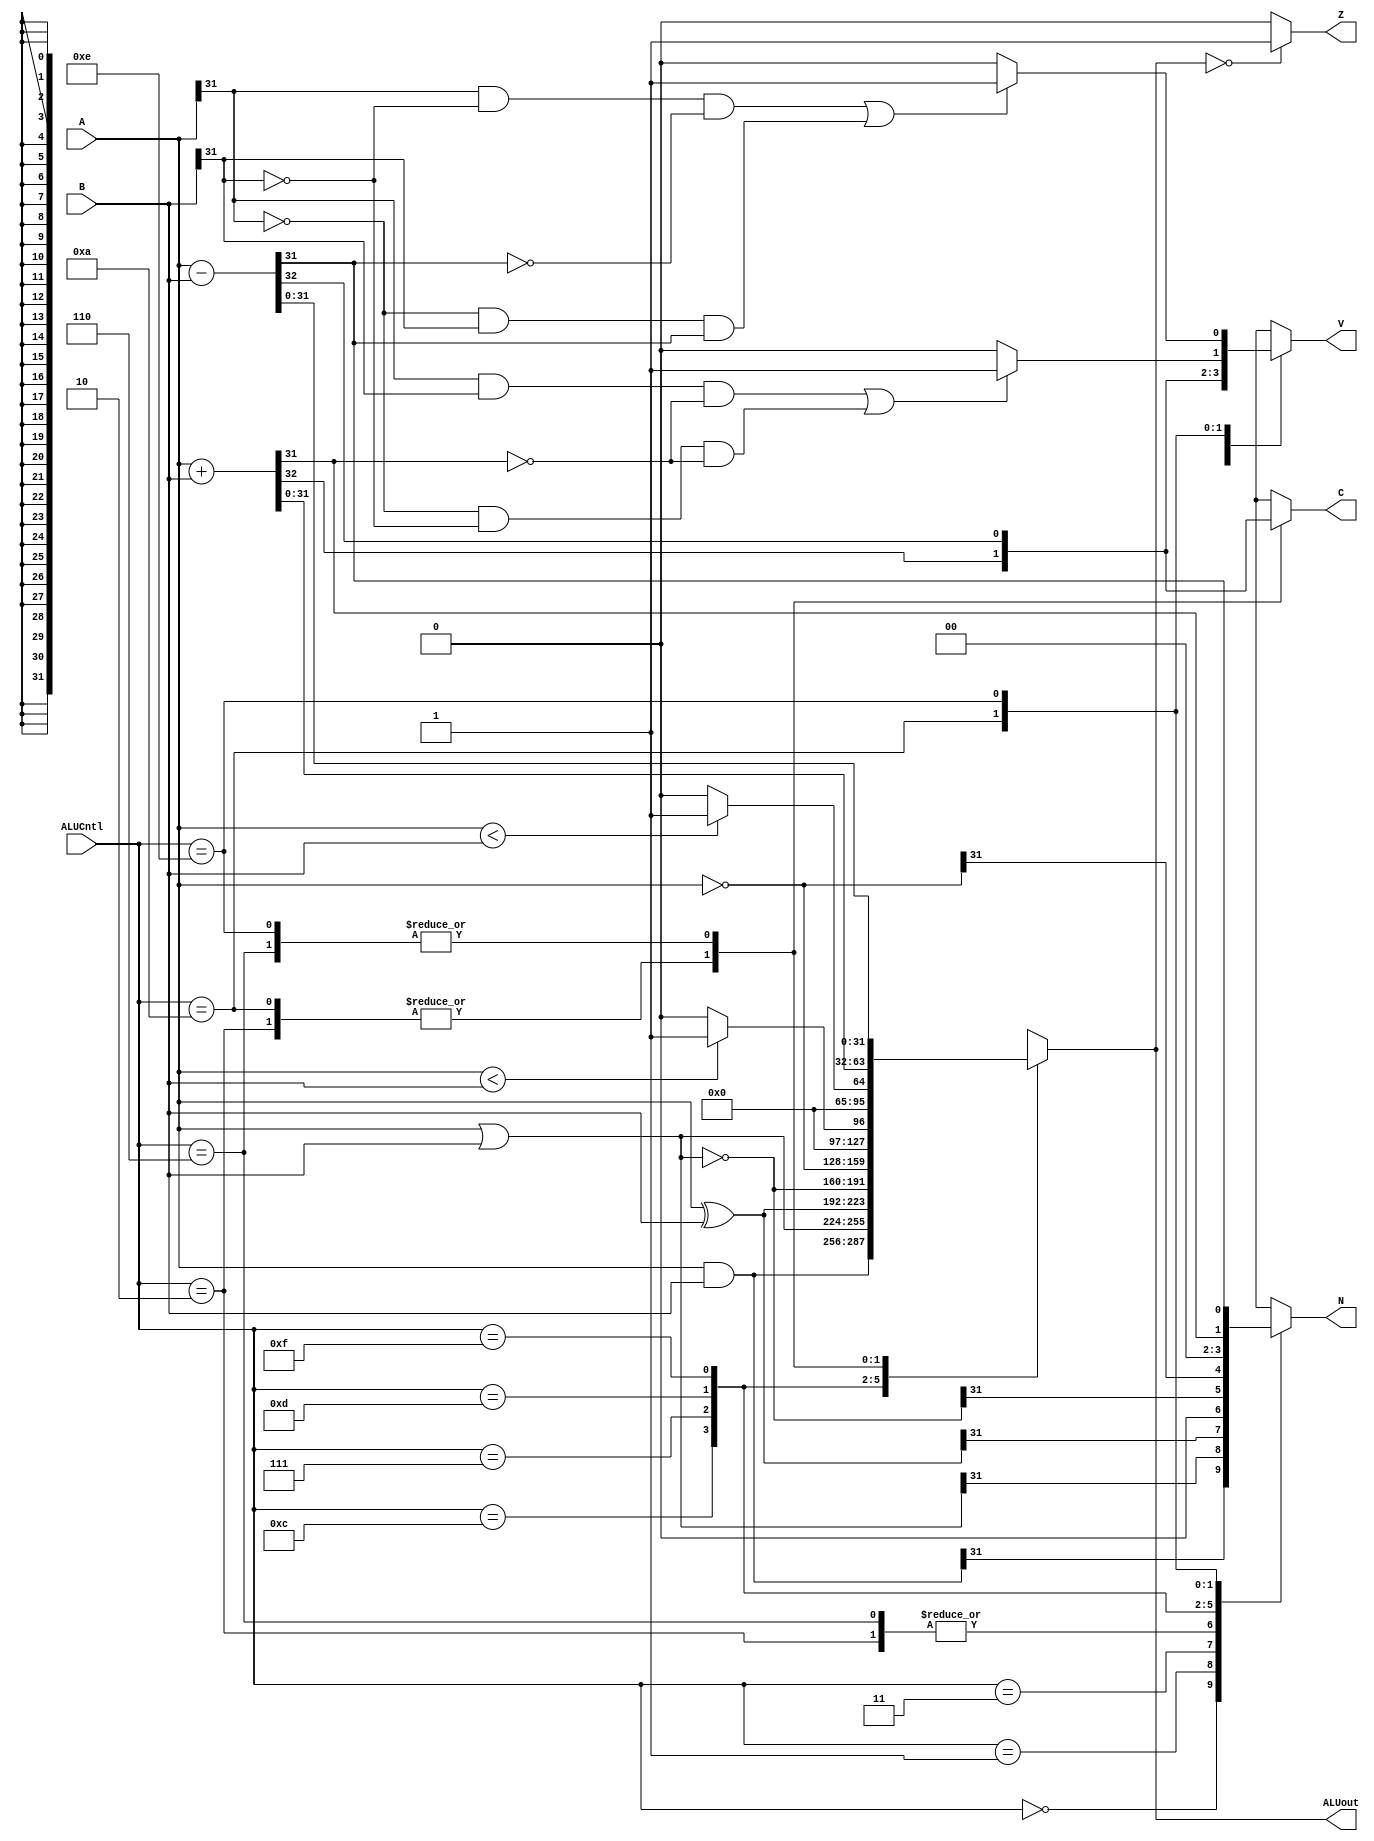
`timescale 1ns / 1ps
//////////////////////////////////////////////////////////////////////////////////
// Company: 
// Engineer: 
// 
// Design Name: 
// Module Name: ALU
// Project Name: 
// Target Devices: 
// Tool Versions: 
// Description: 
// 
// Dependencies: 
// 
// Revision:
// Revision 0.01 - File Created
// Additional Comments:
// 
//////////////////////////////////////////////////////////////////////////////////


module ALU(
    input [31:0] A,
    input [31:0] B,
    input [3:0] ALUCntl,
    output reg [31:0] ALUout, //ALUOut
    output reg N,             //Negative
    output Z,                 //zero
    output reg C,             //Carryout
    output reg V              //Overflow
    );
    
    assign Z = (ALUout == 0) ? 1'b1 : 1'b0;
    reg signed [31:0] A_s, B_s;
    always@(*) begin
        A_s = A;
        B_s = B;
        case(ALUCntl)
            4'b0000: begin                 //AND
                        ALUout = A & B;
                        C = 1'bx;
                        V = 1'bx;
                        N = ALUout[31];
                     end
            4'b0001: begin                 //OR
                        ALUout = A | B;
                        C = 1'bx;
                        V = 1'bx;
                        N = ALUout[31];
                     end
            4'b0011: begin                //XOR
                        ALUout = A ^ B;
                        C = 1'bx;
                        V = 1'bx;
                        N = ALUout[31];
                     end         
            4'b0010: begin                //ADD UNSIGNED
                        {C, ALUout} = A + B;
                        V = C;
                        N = 1'b0;          
                     end   
            4'b0110: begin                //SUBTRACT UNSIGNED
                        {C, ALUout} = A - B;
                        V = C;
                        N = 1'b0;           
                     end
            4'b1100: begin                //NOR
                        ALUout = ~(A | B);
                        C = 1'bx;
                        V = 1'bx;
                        N = ALUout[31];
                     end
            4'b0111: begin                //NOT
                        ALUout = ~A;
                        C = 1'bx;
                        V = 1'bx;
                        N = ALUout[31];           
                     end
            4'b1101: begin                //Set Less Than Signed
                    ALUout = (A_s < B_s) ? 1 : 0;
                    C = 1'bx;
                    V = 1'bx;
                    N = ALUout[31];
                  end
            
            4'b1111: begin                //Set Less Than Unsigned
                    ALUout = (A < B) ? 1 : 0;
                    C = 1'bx;
                    V = 1'bx;
                    N = ALUout[31];     
                  end                              
            4'b1010: begin                 //ADD SIGNED
                        {C, ALUout} = A + B;
                        if((A[31] & B[31] & ~ALUout[31]) || (~A[31] & ~B[31] & ~ALUout[31]))
                            V = 1'b1;
                        else
                            V = 1'b0;
                        N = ALUout[31];        
                     end  
            4'b1110: begin                //SUBTRACT SIGNED
                        {C, ALUout} = A - B;
                        if((A[31] & ~B[31] & ~ALUout[31]) || (~A[31] & B[31] & ALUout[31]))
                            V = 1'b1;
                        else 
                            V = 1'b0;
                        N = ALUout[31];
                      end
           
            default: begin
                        ALUout = 32'bx;
                        {C, V, N} = 3'bxxx;
                       end   
        endcase
    end
endmodule